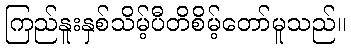
ကြည်နူးနှစ်သိမ့်ပီတိစိမ့်တော်မူသည်။